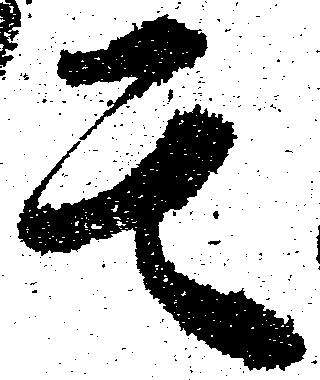
其